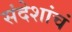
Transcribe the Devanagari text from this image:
संदेशांचं